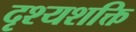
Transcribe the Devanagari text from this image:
दृश्यशक्ति